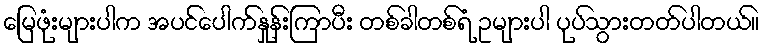
မြေဖုံးများပါက အပင်ပေါက်နှုန်းကြာပီး တစ်ခါတစ်ရံ ဥများပါ ပုပ်သွားတတ်ပါတယ်။